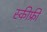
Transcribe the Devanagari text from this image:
स्कीफ्री